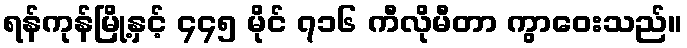
ရန်ကုန်မြို့နှင့် ၄၄၅ မိုင် ၇၁၆ ကီလိုမီတာ ကွာဝေးသည်။